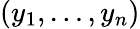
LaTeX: (y_{1},\ldots,y_{n})